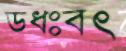
ডধঃবত্